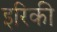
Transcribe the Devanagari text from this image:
इरिकी